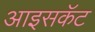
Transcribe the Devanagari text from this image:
आइसकॅट